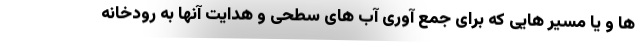
ها و یا مسیر هایی که برای جمع آوری آب های سطحی و هدایت آنها به رودخانه